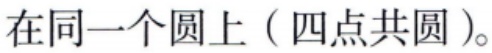
在同一个圆上（四点共圆）。